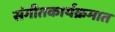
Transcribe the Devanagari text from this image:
संगीतकार्यक्रमात